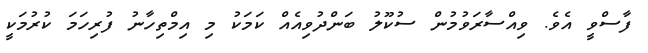
ފާސްވީ އެވެ. ވިއްސާރަވުމުން ސުކޫލު ބަންދުވިއެއް ކަމަކު މި އިމްތިހާނު ފުރިހަމަ ކުރުމަކީ